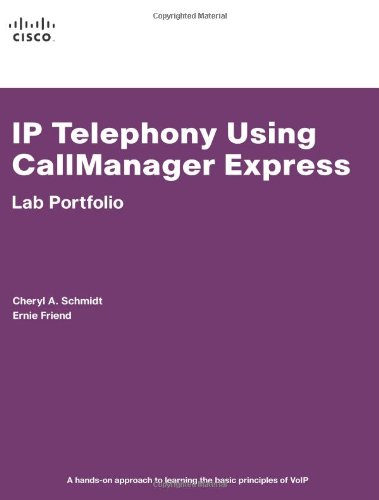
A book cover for IP Telephony Using CallManager Express Lab Portfolio; Cheryl A. Schmidt; Computers & Technology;